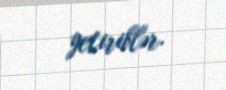
yetiriblər.